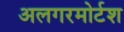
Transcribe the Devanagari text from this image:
अलगरमोर्टश